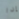
إذا